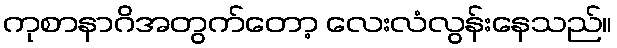
ကုစာနာဂိအတွက်တော့ လေးလံလွန်းနေသည်။